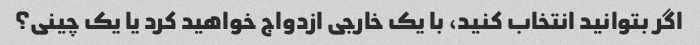
اگر بتوانید انتخاب کنید، با یک خارجی ازدواج خواهید کرد یا یک چینی؟